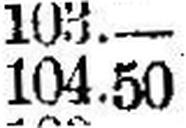
104.50